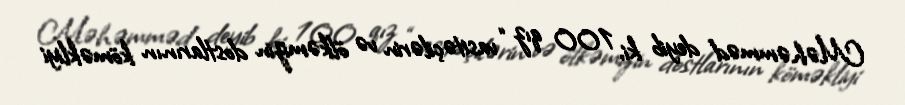
Məhəmməd deyib ki, 100 qız “vasitəçilərin və ölkəmizin dostlarının köməkliyi